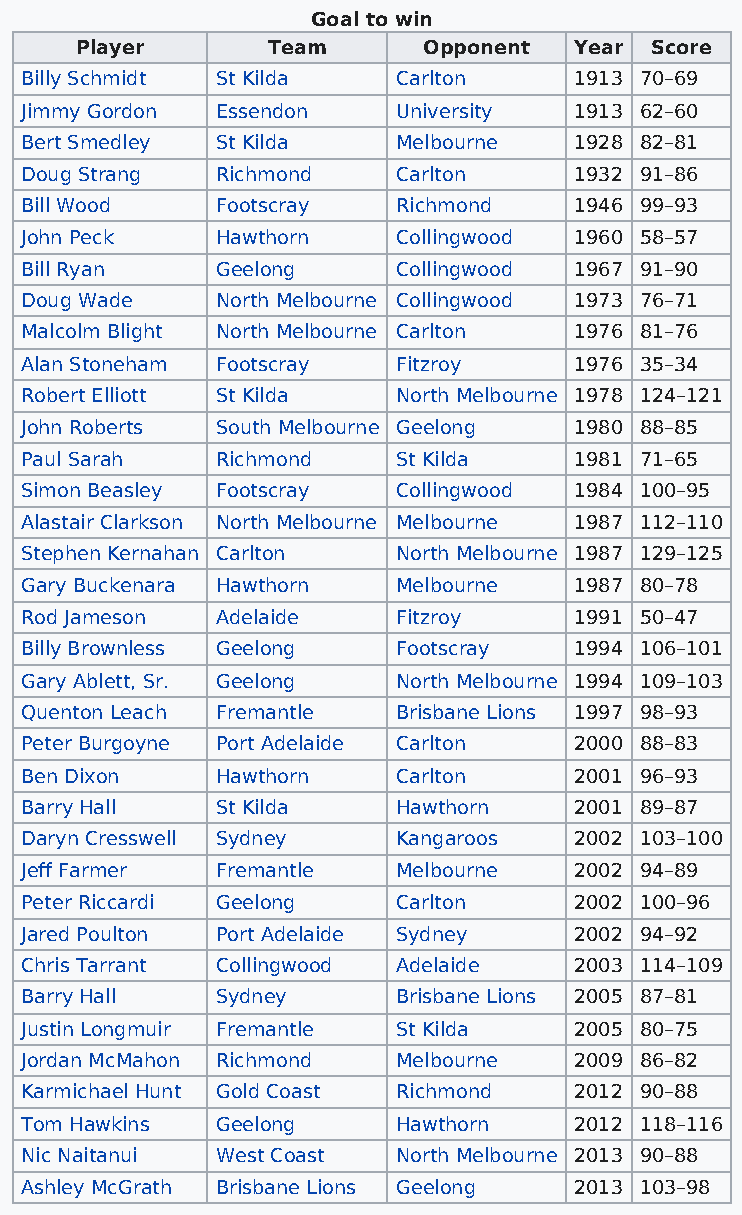
Goal to win
 Player       Team      Opponent  Year Score
 Billy Schmidt St Kilda   Carlton     1913 70–69
 Jimmy Gordon Essendon    University  1913 62–60
 Bert Smedley St Kilda    Melbourne   1928 82–81
 Doug Strang  Richmond    Carlton     1932 91–86
 Bill Wood    Footscray   Richmond    1946 99–93
 John Peck    Hawthorn    Collingwood 1960 58–57
 Bill Ryan    Geelong     Collingwood 1967 91–90
 Doug Wade    North Melbourne Collingwood 1973 76–71
 Malcolm Blight North Melbourne Carlton 1976 81–76
 Alan Stoneham Footscray  Fitzroy     1976 35–34
 Robert Elliott St Kilda  North Melbourne 1978 124–121
 John Roberts South Melbourne Geelong 1980 88–85
 Paul Sarah   Richmond    St Kilda    1981 71–65
 Simon Beasley Footscray  Collingwood 1984 100–95
 Alastair Clarkson North Melbourne Melbourne 1987 112–110
 Stephen Kernahan Carlton North Melbourne 1987 129–125
 Gary Buckenara Hawthorn  Melbourne   1987 80–78
 Rod Jameson  Adelaide    Fitzroy     1991 50–47
 Billy Brownless Geelong  Footscray   1994 106–101
 Gary Ablett, Sr. Geelong North Melbourne 1994 109–103
 Quenton Leach Fremantle  Brisbane Lions 1997 98–93
 Peter Burgoyne Port Adelaide Carlton 2000 88–83
 Ben Dixon    Hawthorn    Carlton     2001 96–93
 Barry Hall   St Kilda    Hawthorn    2001 89–87
 Daryn Cresswell Sydney   Kangaroos   2002 103–100
 Jeff Farmer  Fremantle   Melbourne   2002 94–89
 Peter Riccardi Geelong   Carlton     2002 100–96
 Jared Poulton Port Adelaide Sydney   2002 94–92
 Chris Tarrant Collingwood Adelaide   2003 114–109
 Barry Hall   Sydney      Brisbane Lions 2005 87–81
 Justin Longmuir Fremantle St Kilda   2005 80–75
 Jordan McMahon Richmond  Melbourne   2009 86–82
 Karmichael Hunt Gold Coast Richmond  2012 90–88
 Tom Hawkins  Geelong     Hawthorn    2012 118–116
 Nic Naitanui West Coast  North Melbourne 2013 90–88
 Ashley McGrath Brisbane Lions Geelong 2013 103–98